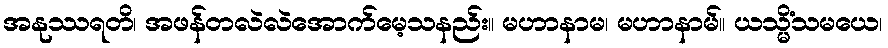
အနုဿရတိ၊ အဖန်တလဲလဲအောက်မေ့သနည်း။ မဟာနာမ၊ မဟာနာမ်။ ယသ္မိံသမယေ၊